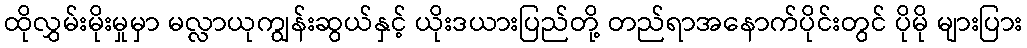
ထိုလွှမ်းမိုးမှုမှာ မလ္လာယုကျွန်းဆွယ်နှင့် ယိုးဒယားပြည်တို့ တည်ရာအနောက်ပိုင်းတွင် ပိုမို များပြား